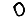
Digit: 0